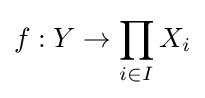
f:Y\to \prod _{i\in I}X_{i}